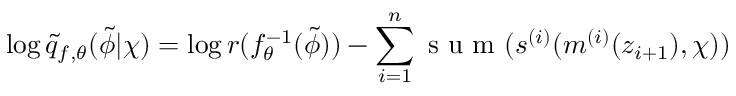
\log \tilde { q } _ { f , \theta } ( \tilde { \phi } | \chi ) = \log r ( f _ { \theta } ^ { - 1 } ( \tilde { \phi } ) ) - \sum _ { i = 1 } ^ { n } \mathrm { ~ s ~ u ~ m ~ } ( s ^ { ( i ) } ( m ^ { ( i ) } ( z _ { i + 1 } ) , \chi ) )